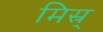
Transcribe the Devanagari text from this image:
मिस्र्